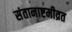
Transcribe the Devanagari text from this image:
संतानाष्टमीव्रत